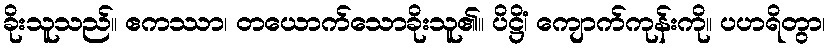
ခိုးသူသည်။ ဧကဿာ၊ တယောက်သောခိုးသူ၏။ ပိဋ္ဌိံ၊ ကျောက်ကုန်းကို။ ပဟရိတွာ၊